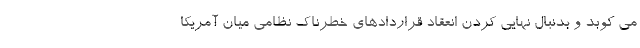
مي كوبد و بدنبال نهايي كردن انعقاد قراردادهای خطرناك نظامی میان آمريكا